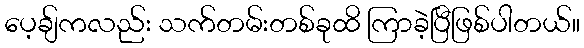
ပေ့ချ်ကလည်း သက်တမ်းတစ်ခုထိ ကြာခဲ့ပြီဖြစ်ပါတယ်။